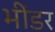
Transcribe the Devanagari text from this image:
भींडर